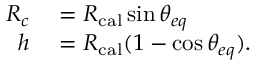
\begin{array} { r l } { R _ { c } } & { { } = R _ { \mathrm { c a l } } \sin \theta _ { e q } } \\ { h } & { { } = R _ { \mathrm { c a l } } ( 1 - \cos \theta _ { e q } ) . } \end{array}